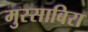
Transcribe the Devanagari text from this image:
मुस्साबिरा